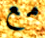
مع